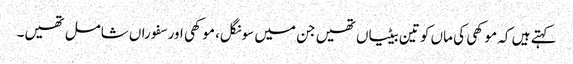
کہتے ہیں کہ موکھی کی ماں کو تین بیٹیاں تھیں جن میں سونگل، موکھی اور سفوراں شامل تھیں۔